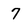
Character: 7